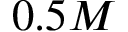
0 . 5 M